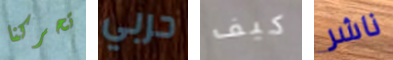
تحركنا حربي كيف ناشر